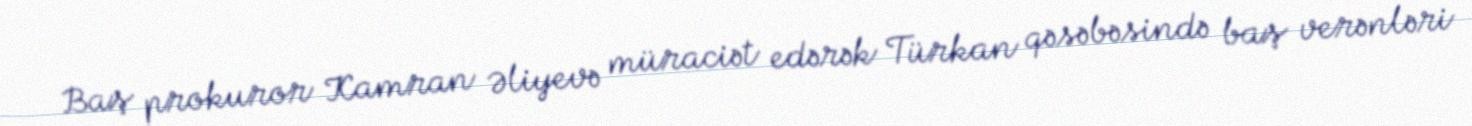
Baş prokuror Kamran Əliyevə müraciət edərək Türkan qəsəbəsində baş verənləri